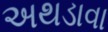
અથડાવા